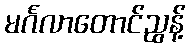
မင်္ဂလာတောင်ညွန့်